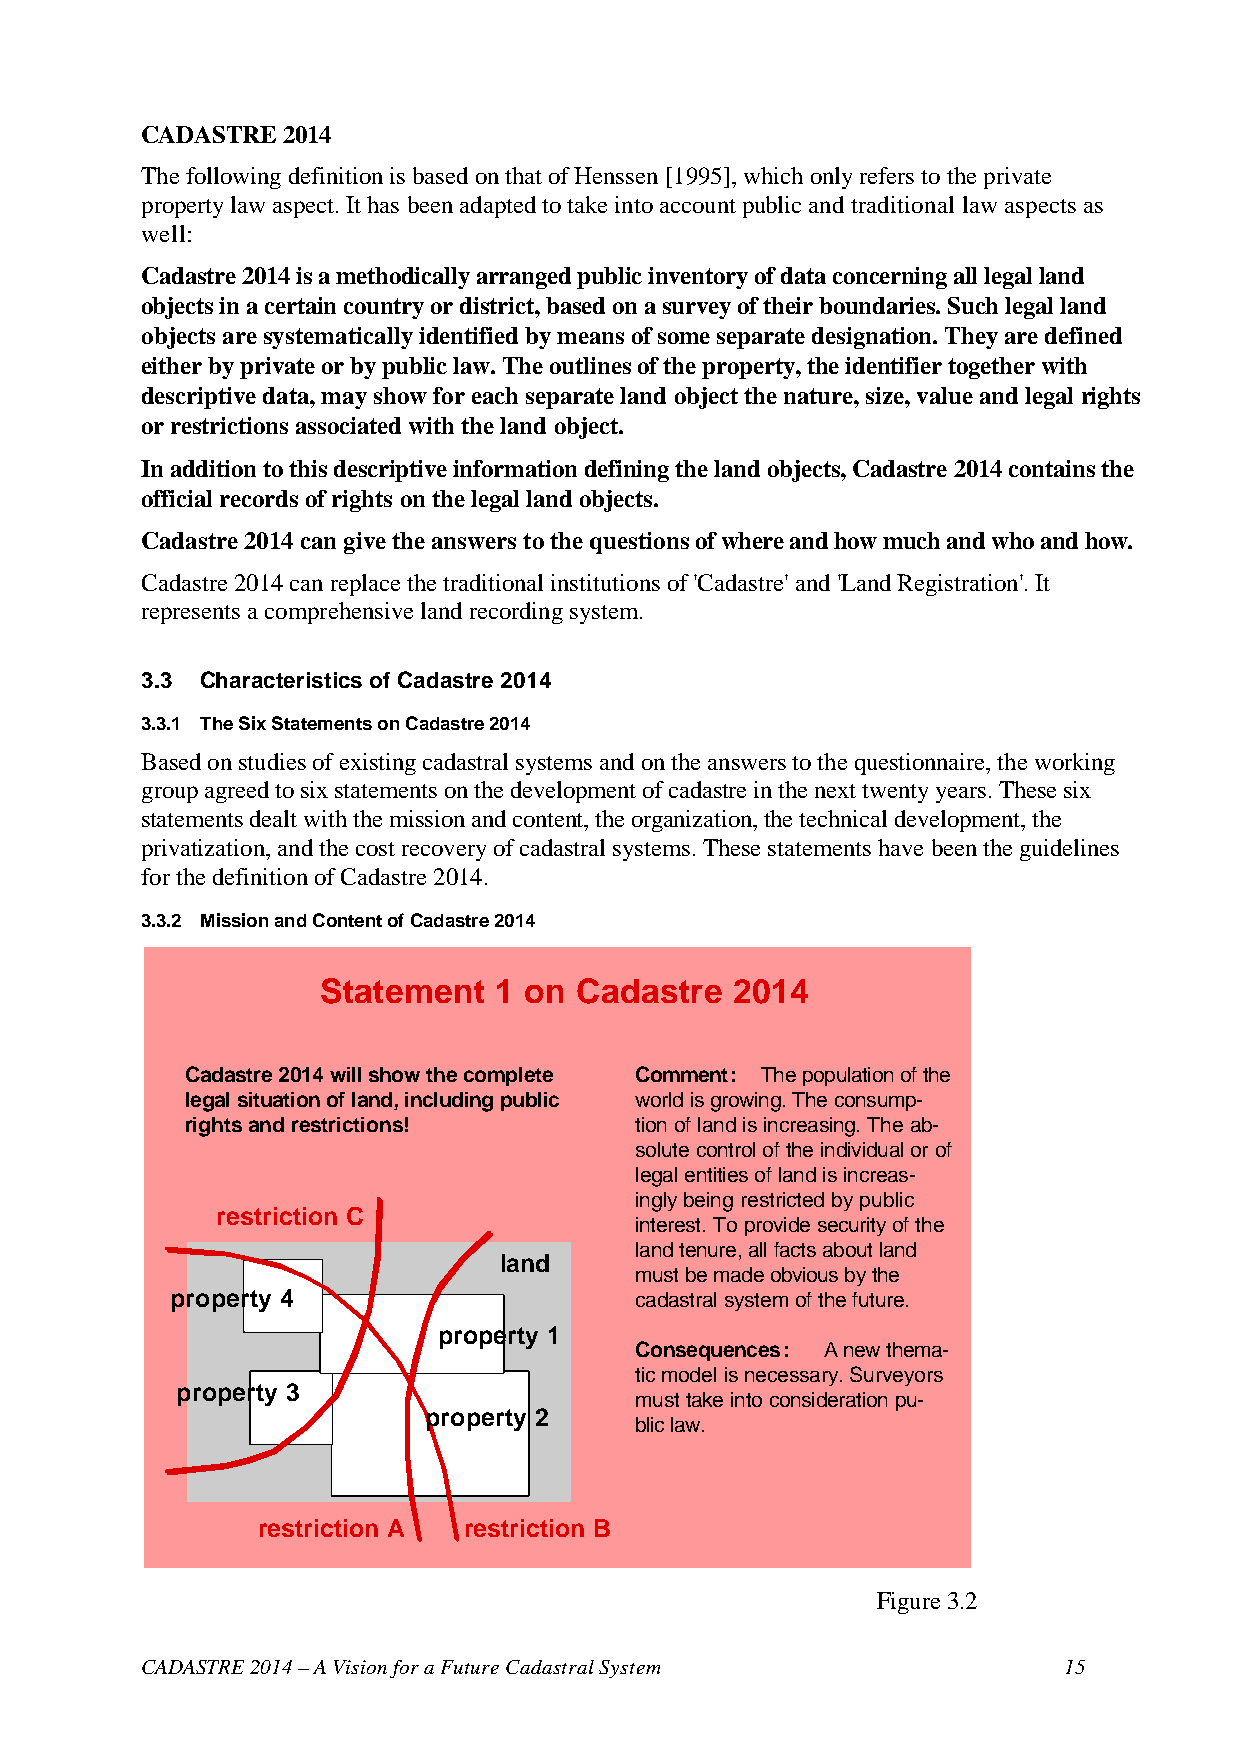
CADASTRE  2014
 The following definition is based on that of Henssen [1995], which only refers to the private
 property law aspect. It has been adapted to take into account public and traditional law aspects as
 well:
 Cadastre 2014 is a methodically arranged public inventory of data concerning all legal land
 objects in a certain country or district, based on a survey of their boundaries. Such legal land
 objects are systematically identified by means of some separate designation. They are defined
 either by private or by public law. The outlines of the property, the identifier together with
 descriptive data, may show for each separate land object the nature, size, value and legal rights
 or restrictions associated with the land object.
 In addition to this descriptive information defining the land objects, Cadastre 2014 contains the
 official records of rights on the legal land objects.
 Cadastre 2014 can give the answers to the questions of where and how much and who and how.
 Cadastre 2014 can replace the traditional institutions of 'Cadastre' and 'Land Registration'. It
 represents a comprehensive land recording system.
 3.3 Characteristics of Cadastre 2014
 3.3.1 The Six Statements on Cadastre 2014
 Based on studies of existing cadastral systems and on the answers to the questionnaire, the working
 group agreed to six statements on the development of cadastre in the next twenty years. These six
 statements dealt with the mission and content, the organization, the technical development, the
 privatization, and the cost recovery of cadastral systems. These statements have been the guidelines
 for the definition of Cadastre 2014.
 3.3.2 Mission and Content of Cadastre 2014
 Statement   1 on Cadastre   2014
 Cadastre 2014 will show the complete Comment: The population of the
 legal situation of land, including public world is growing. The consump-
 rights and restrictions!      tion of land is increasing. The ab-
 solute control of the individual or of
 legal entities of land is increas-
 ingly being restricted by public
 restriction C
 interest. To provide security of the
 land tenure, all facts about land
 land
 must be made obvious by the
 property 4                     cadastral system of the future.
 property 1
 Consequences: A new thema-
 tic model is necessary. Surveyors
 property 3
 must take into consideration pu-
 property 2
 blic law.
 restriction A restriction B
 Figure 3.2
 CADASTRE 2014 – A Vision for a Future Cadastral System       15